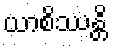
ယာစိဿန္တိ